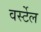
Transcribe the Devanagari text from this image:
वर्स्टेल